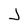
Character: J